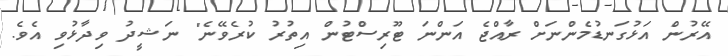
އޭރުން އަޅުގަނޑުމެންނަށް ރާއްޖެ އަންނަ ޓޫރިސްޓުން އިތުރު ކުރެވޭނެ" ނަޝީދު ވިދާޅުވި އެވެ.